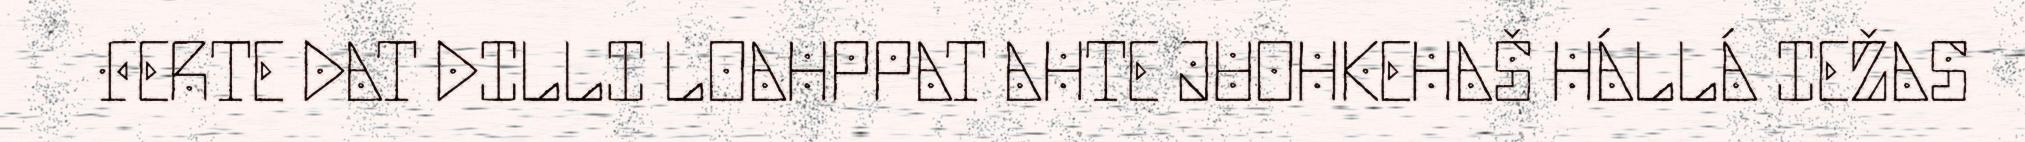
FERTE DAT DILLI LOAHPPAT AHTE JUOHKEHAŠ HÁLLÁ IEŽAS